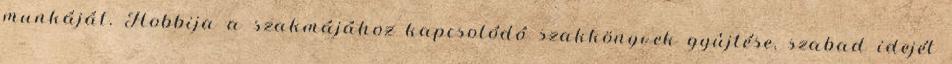
munkáját. Hobbija a szakmájához kapcsolódó szakkönyvek gyûjtése, szabad idejét